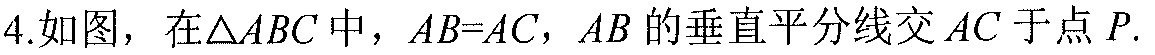
4.如图，在$\triangle ABC$中，$AB = AC$，$AB$的垂直平分线交$AC$于点$P$.